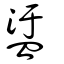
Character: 盓